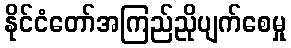
နိုင်ငံတော်အကြည်ညိုပျက်စေမှု